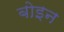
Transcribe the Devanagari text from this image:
बोइन